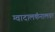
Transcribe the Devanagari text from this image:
ग्वादालकॅनालवर